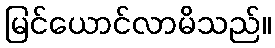
မြင်ယောင်လာမိသည်။